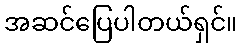
အဆင်ပြေပါတယ်ရှင်။